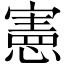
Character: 憲